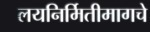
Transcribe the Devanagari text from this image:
लयनिर्मितीमागचे